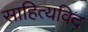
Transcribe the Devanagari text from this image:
साहित्यविद